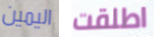
اليمين اطلقت